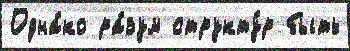
Одна́ко ра́зум структу́р быть